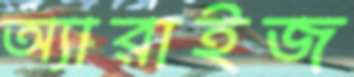
অ্যারাইজ